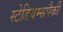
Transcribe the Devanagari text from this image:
स्टेडियम्सपैकी